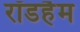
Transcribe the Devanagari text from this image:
रॉडहैम